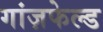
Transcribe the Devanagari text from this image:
गांज़फेल्ड